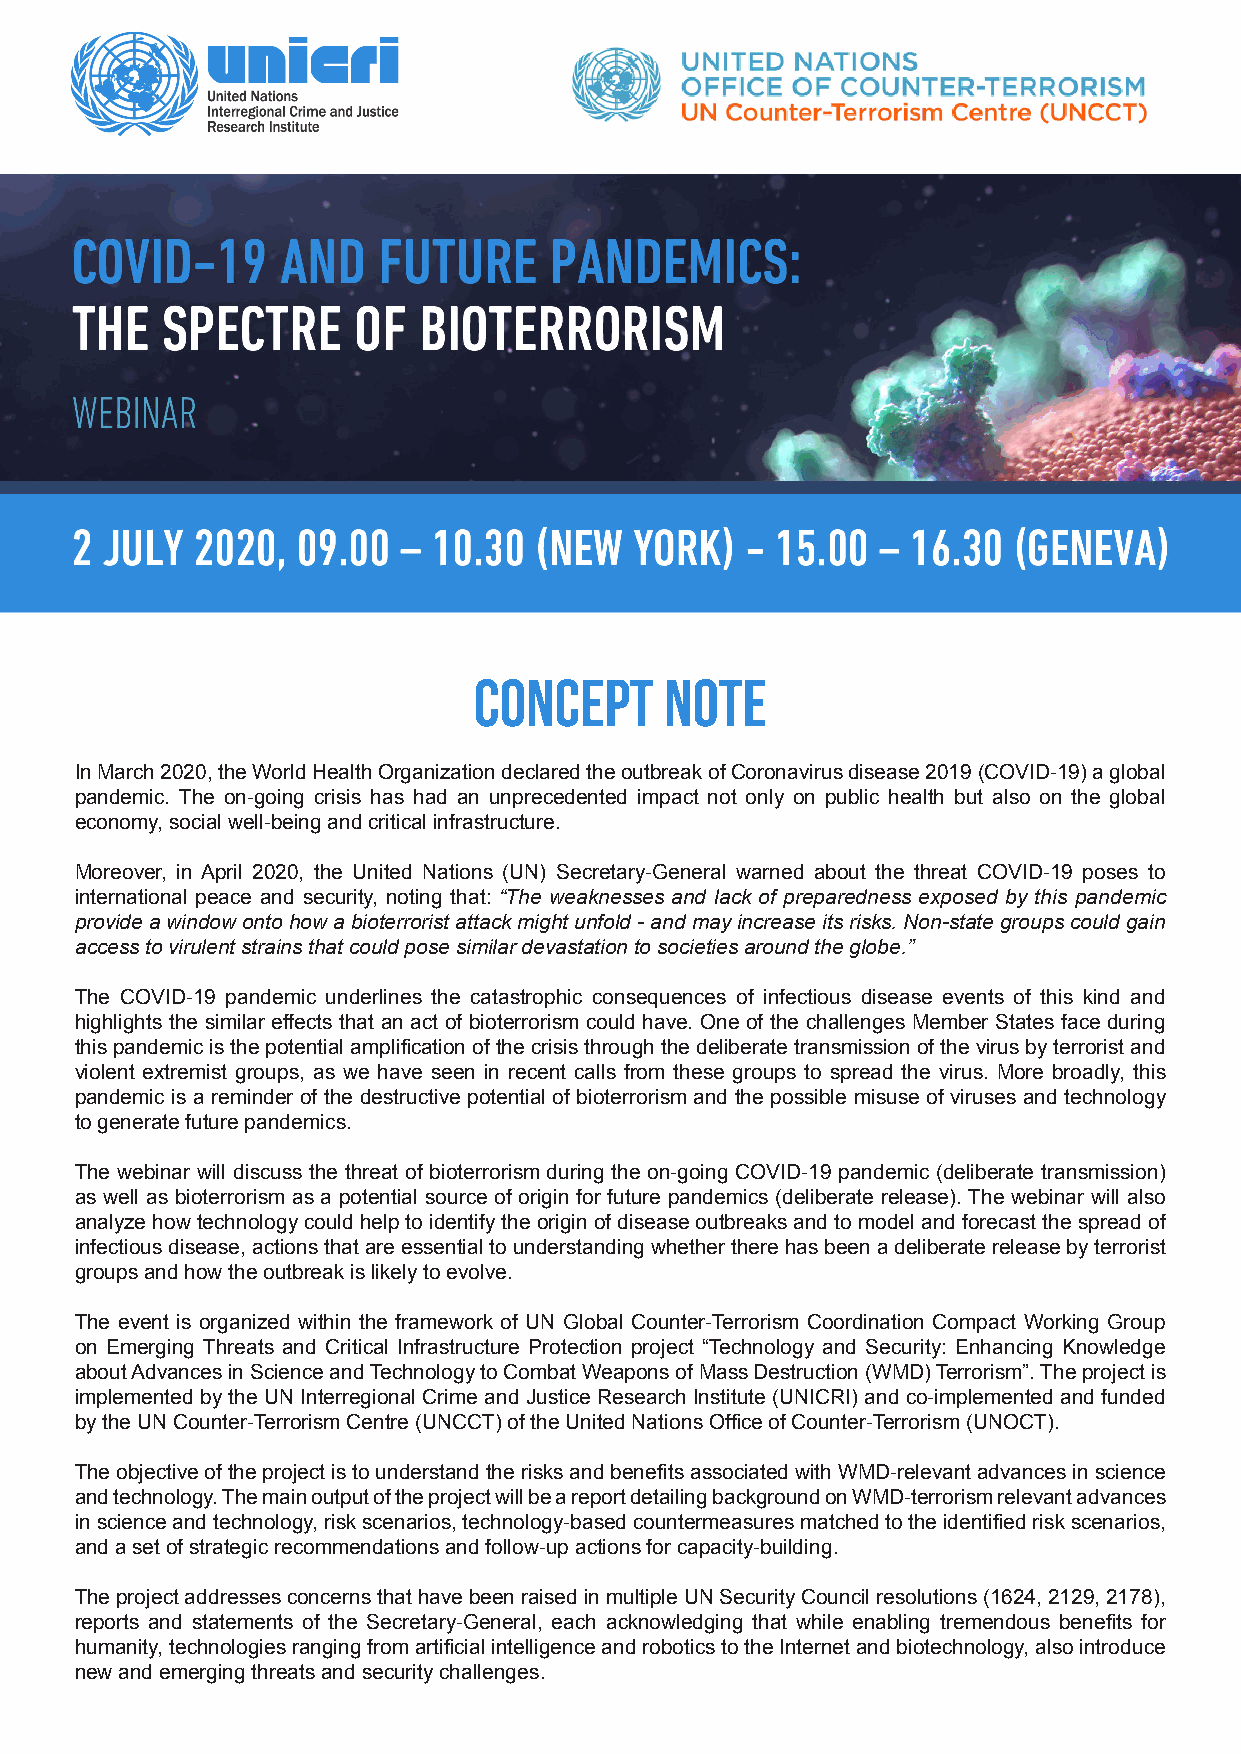
Concept      note
 In March 2020, the World Health Organization declared the outbreak of Coronavirus disease 2019 (COVID-19) a global
 pandemic. The on-going crisis has had an unprecedented impact not only on public health but also on the global
 economy, social well-being and critical infrastructure.
 Moreover, in April 2020, the United Nations (UN) Secretary-General warned about the threat COVID-19 poses to
 international peace and security, noting that: “The weaknesses and lack of preparedness exposed by this pandemic
 provide a window onto how a bioterrorist attack might unfold - and may increase its risks. Non-state groups could gain
 access to virulent strains that could pose similar devastation to societies around the globe.”
 The COVID-19 pandemic underlines the catastrophic consequences of infectious disease events of this kind and
 highlights the similar effects that an act of bioterrorism could have. One of the challenges Member States face during
 this pandemic is the potential amplification of the crisis through the deliberate transmission of the virus by terrorist and
 violent extremist groups, as we have seen in recent calls from these groups to spread the virus. More broadly, this
 pandemic is a reminder of the destructive potential of bioterrorism and the possible misuse of viruses and technology
 to generate future pandemics.
 The webinar will discuss the threat of bioterrorism during the on-going COVID-19 pandemic (deliberate transmission)
 as well as bioterrorism as a potential source of origin for future pandemics (deliberate release). The webinar will also
 analyze how technology could help to identify the origin of disease outbreaks and to model and forecast the spread of
 infectious disease, actions that are essential to understanding whether there has been a deliberate release by terrorist
 groups and how the outbreak is likely to evolve.
 The event is organized within the framework of UN Global Counter-Terrorism Coordination Compact Working Group
 on Emerging Threats and Critical Infrastructure Protection project “Technology and Security: Enhancing Knowledge
 about Advances in Science and Technology to Combat Weapons of Mass Destruction (WMD) Terrorism”. The project is
 implemented by the UN Interregional Crime and Justice Research Institute (UNICRI) and co-implemented and funded
 by the UN Counter-Terrorism Centre (UNCCT) of the United Nations Office of Counter-Terrorism (UNOCT).
 The objective of the project is to understand the risks and benefits associated with WMD-relevant advances in science
 and technology. The main output of the project will be a report detailing background on WMD-terrorism relevant advances
 in science and technology, risk scenarios, technology-based countermeasures matched to the identified risk scenarios,
 and a set of strategic recommendations and follow-up actions for capacity-building.
 The project addresses concerns that have been raised in multiple UN Security Council resolutions (1624, 2129, 2178),
 reports and statements of the Secretary-General, each acknowledging that while enabling tremendous benefits for
 humanity, technologies ranging from artificial intelligence and robotics to the Internet and biotechnology, also introduce
 new and emerging threats and security challenges.